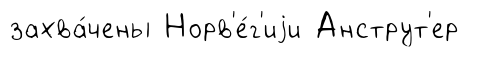
захва́чены Норв'е́г'иjи Анструт'ер